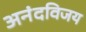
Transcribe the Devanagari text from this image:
अनंदविजय